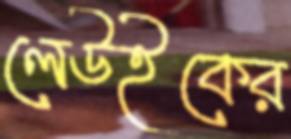
লেউইকের